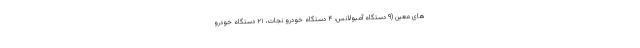
های معین (۹ دستگاه آمبولانس، ۴ دستگاه خودرو نجات، ۲۱ دستگاه خودرو